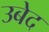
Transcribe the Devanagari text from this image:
उबेद